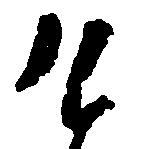
け